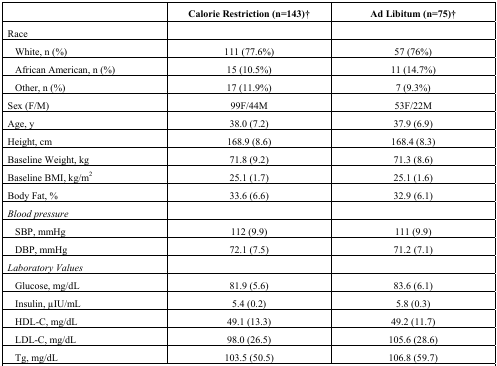
<table><thead><tr><td></td><td><b>Calorie Restriction (n=143)<sup>†</sup></b></td><td><b>Ad Libitum (n=75)<sup>†</sup></b></td></tr></thead><tbody><tr><td>Race</td><td></td><td></td></tr><tr><td> White, n (%)</td><td>111 (77.6%)</td><td>57 (76%)</td></tr><tr><td> African American, n (%)</td><td>15 (10.5%)</td><td>11 (14.7%)</td></tr><tr><td> Other, n (%)</td><td>17 (11.9%)</td><td>7 (9.3%)</td></tr><tr><td>Sex (F/M)</td><td>99F/44M</td><td>53F/22M</td></tr><tr><td>Age, y</td><td>38.0 (7.2)</td><td>37.9 (6.9)</td></tr><tr><td>Height, cm</td><td>168.9 (8.6)</td><td>168.4 (8.3)</td></tr><tr><td>Baseline Weight, kg</td><td>71.8 (9.2)</td><td>71.3 (8.6)</td></tr><tr><td>Baseline BMI, kg/m<sup>2</sup></td><td>25.1 (1.7)</td><td>25.1 (1.6)</td></tr><tr><td>Body Fat, %</td><td>33.6 (6.6)</td><td>32.9 (6.1)</td></tr><tr><td><i>Blood pressure</i></td><td></td><td></td></tr><tr><td> SBP, mmHg</td><td>112 (9.9)</td><td>111 (9.9)</td></tr><tr><td> DBP, mmHg</td><td>72.1 (7.5)</td><td>71.2 (7.1)</td></tr><tr><td><i>Laboratory Values</i></td><td></td><td></td></tr><tr><td> Glucose, mg/dL</td><td>81.9 (5.6)</td><td>83.6 (6.1)</td></tr><tr><td> Insulin, μIU/mL</td><td>5.4 (0.2)</td><td>5.8 (0.3)</td></tr><tr><td> HDL-C, mg/dL</td><td>49.1 (13.3)</td><td>49.2 (11.7)</td></tr><tr><td> LDL-C, mg/dL</td><td>98.0 (26.5)</td><td>105.6 (28.6)</td></tr><tr><td> Tg, mg/dL</td><td>103.5 (50.5)</td><td>106.8 (59.7)</td></tr></tbody></table>